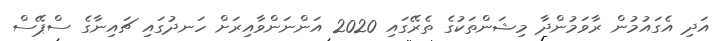
އަދި އެގައުމުން ރާވަމުންދާ މިޝަންތަކުގެ ތެރޭގައި 2020 އަންނަންވާއިރަށް ހަނދުގައި ޗައިނާގެ ސްޕޭސް